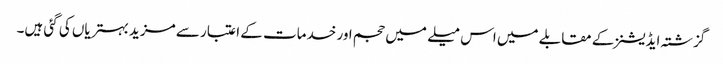
گزشتہ ایڈیشنز کے مقابلے میں اس میلے میں حجم اور خدمات کے اعتبار سے مزید بہتریاں کی گئی ہیں۔